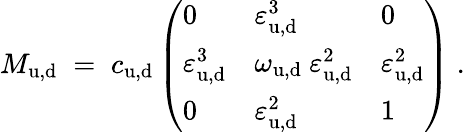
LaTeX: M_{\mathrm{u,d}}\; =\; c_{\mathrm{u,d}}\left(\begin{array}{lll}{{0}}&{{\varepsilon_{\mathrm{u,d}}^{3}}}&{{0}}\\ {{\varepsilon_{\mathrm{u,d}}^{3}}}&{{\omega_{\mathrm{u,d}}~\varepsilon_{\mathrm{u,d}}^{2}}}&{{\varepsilon_{\mathrm{u,d}}^{2}}}\\ {{0}}&{{\varepsilon_{\mathrm{u,d}}^{2}}}&{{1}}\end{array}\right)\; .